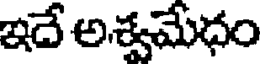
ఇదే అశ్వమేధం